Report on plague and inoculation in the Punjab from October 1st ... to September 30th..., being the ... season of plague in the province
Disease focus: Plague
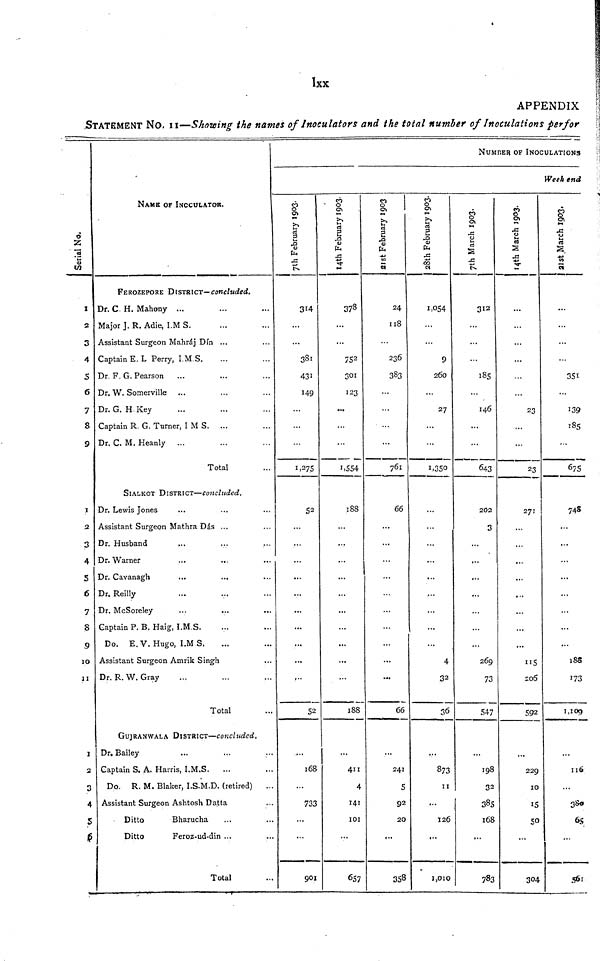
Ixx
APPENDIX
STATEMENT NO. 11—Showing the names of Inoculators and the total number of Inoculations perfor
Number OF INOCULATIONS
Week end
6
-Z.
!s
<a
in
1
2
3
4
5
6
7
8
9
1
2
3
4
5
6
7
8
9
10
11
1
2
3
4
5
6
NAME OF INCCULATOR.
FEROZEPORE DISTRICT— concluded,
Dr. C. H. Mahony ...
Major J. R. Adie, I.M S.
Assistant Surgeon Mahráj Din ...
Captain E.L Perry, I.M S.
Dr. F. G. Pearson
Dr. W. Somerville
Dr. G. H Key
Captain R. G. Turner, I M S. ...
Dr. C. M. Heanly ...
Total
SIALKOT DISTRICT—concluded.
Dr. Lewis Jones
Assistant Surgeon Mathra Das ...
Dr. Husband
Dr. Warner
Dr. Cavanagh
Dr. Reilly
Dr. McSoreley
Captain P. B. Haig, I.M.S.
Do. E.V. Hugo, I.M S.
Assistant Surgeon Amrik Singh
Dr. R. W. Gray
Total
GUJRANWALA DISTRICT—concluded.
Dr. Bailey
Captain S. A. Harris, I.M.S.
Do. R. M. Blaker, I.S.M.D. (retired)
...
Assistant Surgeon Ashtosh Datta
Ditto
Bharucha
Ditto
Feroz-ud-din ...
Total
7th February 1903.
14th February 1903.
21st February 1903.
28th February 1903.
7th March 1903.
14th March 1903.
21st March 1
314
381
431
149
1,275
52
...
...
...
...
...
...
,..
52
168
733
...
...
901
378
...
752
301
123
...
...
...
1,554
188
...
...
...
...
...
...
188
411
4
141
101
657
24
118
236
383
761
66
...
...
...
...
...
66
241
5
92
20
...
358
1,054
9
260
27
1,350
...
...
4
32
36
873
11
...
126
...
1,010
312
185
146
...
...
643
202
3
...
...
...
...
269
73
547
...
198
32
385
168
...
783
...
...
23
23
271
...
...
...
...
...
...
115
206
592
...
229
10
15
50
...
304
...
...
...
351
139
185
...
675
748
...
...
...
...
...
188
173
1,109
...
116
...
380
65
561